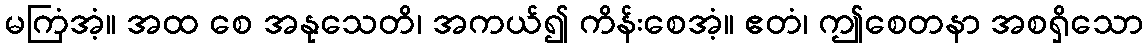
မကြံအံ့။ အထ စေ အနုသေတိ၊ အကယ်၍ ကိန်းစေအံ့။ ဧတံ၊ ဤစေတနာ အစရှိသော